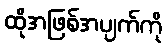
ထိုအဖြစ်အပျက်ကို